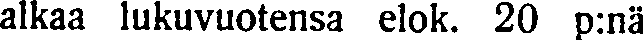
alkaa lukuvuotensa elok. 20 p:nä